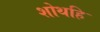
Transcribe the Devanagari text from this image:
शोथहि